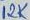
Text: 12K